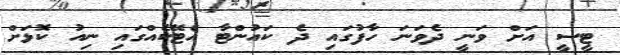
ޓީސީ އަށް ވަނީ ދެވަނަ ހާފުގައި ދެ ކައުންޓާ އެޓޭކެއްގައި ނިއު ކޮޅަށް